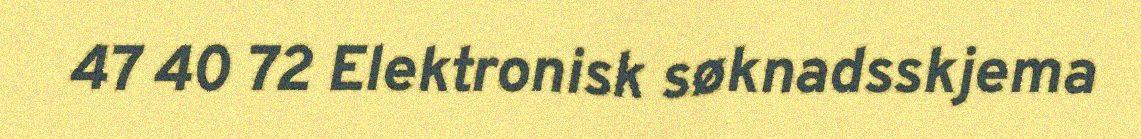
47 40 72 Elektronisk søknadsskjema